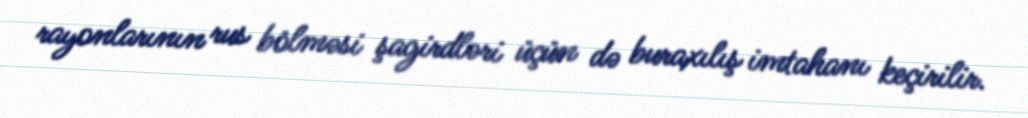
rayonlarının rus bölməsi şagirdləri üçün də buraxılış imtahanı keçirilir.